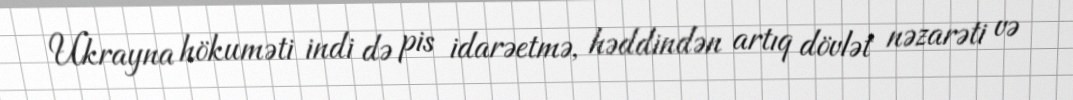
Ukrayna hökuməti indi də pis idarəetmə, həddindən artıq dövlət nəzarəti və